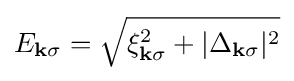
E_{\mathbf {k} \sigma }={\sqrt {\xi _{\mathbf {k} \sigma }^{2}+|\Delta _{\mathbf {k} \sigma }|^{2}}}